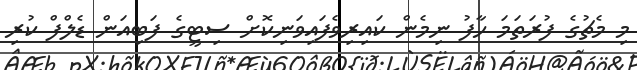
މި މެޗުގެ ފުރަތަމަ ހާފު ނިމެން ކައިރިވެފައިވަނިކޮށް ސިޓީގެ ފަބިއަން ޑެލްފް ކުރި